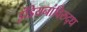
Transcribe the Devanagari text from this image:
इंडियनांविरुद्ध